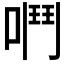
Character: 𫫅